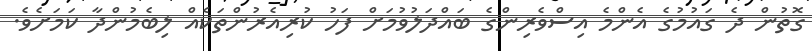
ގޮތުން ދެ ގައުމުގެ އެންމެ އިސްވެރިންގެ ބައްދަލުވުމަށް ފަހު ކުރިއެރުންތަކެއް ލިބެމުންދާ ކަމަށެވެ.